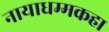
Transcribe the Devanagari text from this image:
नायाधम्मकहा